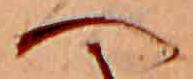
へ